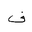
Letter: _fa